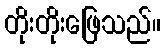
တိုးတိုးဖြေသည်။